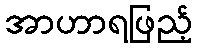
အာဟာရဖြည့်